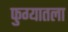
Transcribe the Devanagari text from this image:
फुग्यातला